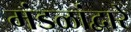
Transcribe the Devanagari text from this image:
मंडळांद्वारे